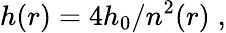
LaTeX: h(r)={4h_{0}}/{n^{2}(r)}\; ,